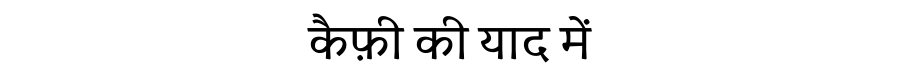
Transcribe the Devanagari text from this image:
कैफ़ी की याद में